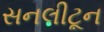
સનલીટૂન